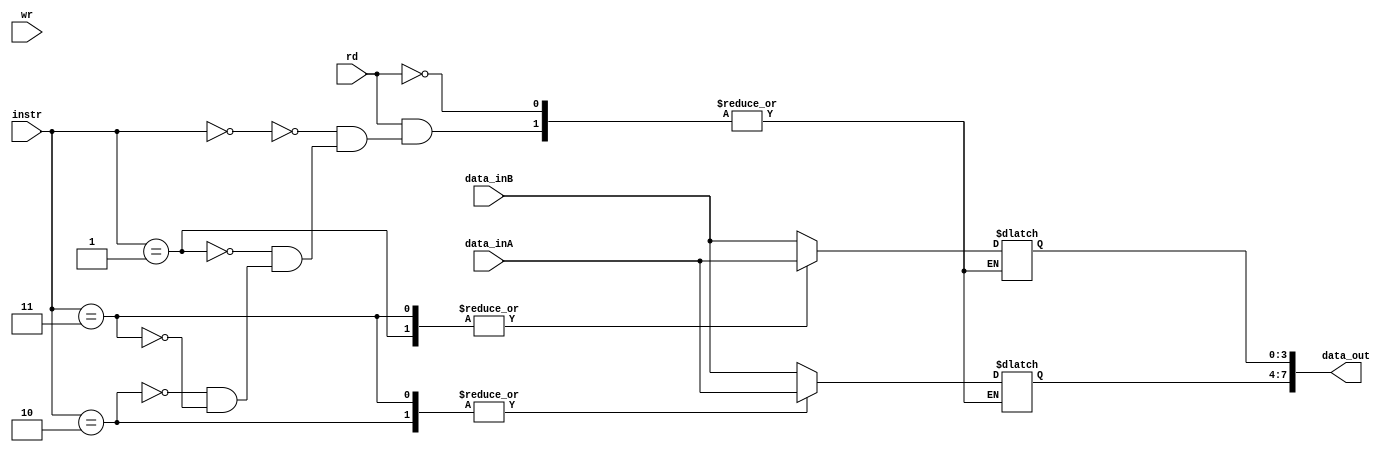
module register_ALU #(parameter Tamdata = 4, Tamrow = 2)(
    data_inA,data_inB, instr,data_out,rd,wr
);
input [3:0] data_inA;
input [3:0] data_inB;
input rd,wr;
input [2:0] instr;
output reg [7:0] data_out;

reg [Tamdata-1:0] memory [Tamrow-1:0];

always @(*) begin
    if (rd) begin
        case (instr)
            2'b00: begin data_out[7:4] <= data_inB; data_out[3:0] <= data_inB; end 
            2'b01: begin data_out[7:4] <= data_inB; data_out[3:0] <= data_inA; end
            2'b10: begin data_out[7:4] <= data_inA; data_out[3:0] <= data_inB; end 
            2'b11: begin data_out[7:4] <= data_inA; data_out[3:0] <= data_inA; end 
        endcase  
    end

    if (wr) begin
    memory[1] <= data_inA;
    memory[0] <= data_inB;       
    end
    
end

endmodule // Register_ALU# (parameter nBits = 32, inouts = 5, tamPro = 16, tamAddr = 4)da